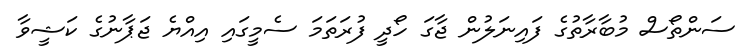
ސަންތޯސް މުބާރާތުގެ ފައިނަލުން ޖާގަ ހޯދީ ފުރަތަމަ ސެމީގައި އިއްޔެ ޖަޕާނުގެ ކަޝީވާ